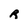
Character: R